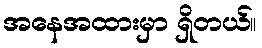
အနေအထားမှာ ရှိတယ်။